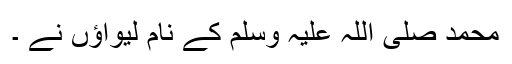
محمد صلی اللہ علیہ وسلم کے نام لیواؤں نے ۔